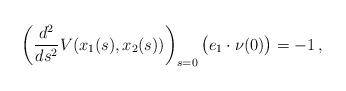
LaTeX: \begin{align*}\left( \frac{d^2}{ds^2} V(x_1(s), x_2(s)) \right)_{s=0} \bigl( e_1\cdot \nu(0) \bigr) = - 1\,,\end{align*}